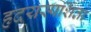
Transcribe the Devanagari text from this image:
हृदयस्पर्शिता